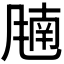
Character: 𬲁